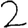
Digit: 2